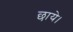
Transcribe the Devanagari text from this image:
छाये।